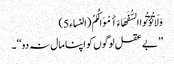
وَلَا تُؤْتُوا السُّفَهَاءَ أَمْوَالَکُمُ (النساء 5)
’’بے عقل لوگوں کو اپنا مال نہ دو‘‘۔